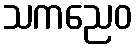
သကညေဝ